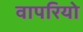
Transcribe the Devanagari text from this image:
वापरियो